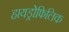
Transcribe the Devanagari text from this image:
हायड्रोफिलिक